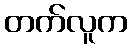
တက်လူက